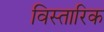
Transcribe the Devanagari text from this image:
विस्तारिक